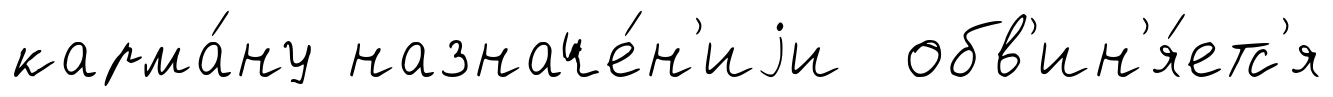
карма́ну назначе́н'иjи обв'ин'я́етс'я